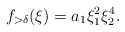
\begin{align*} f_{> \delta}(\xi) = a_1 \xi_{1}^{2} \xi_{2}^{4}.\end{align*}